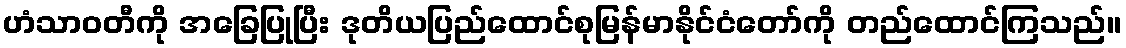
ဟံသာဝတီကို အခြေပြုပြီး ဒုတိယပြည်ထောင်စုမြန်မာနိုင်ငံတော်ကို တည်ထောင်ကြသည်။